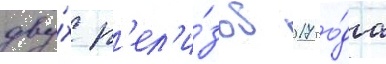
дву́х р'ел'и́зов 2017 го́да